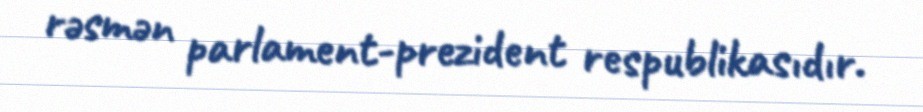
rəsmən parlament-prezident respublikasıdır.